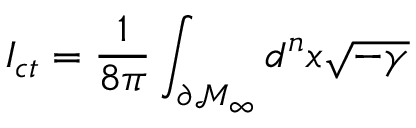
I _ { c t } = \frac 1 { 8 \pi } \int _ { \partial \mathcal { M } _ { \infty } } d ^ { n } x \sqrt { - \gamma }